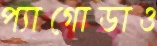
প্যাগোডাও